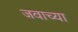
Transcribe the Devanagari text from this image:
जवाच्या